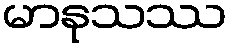
မာနုသဿ